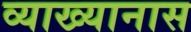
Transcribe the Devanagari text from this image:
व्याख्यानास